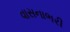
વાસનાભરી